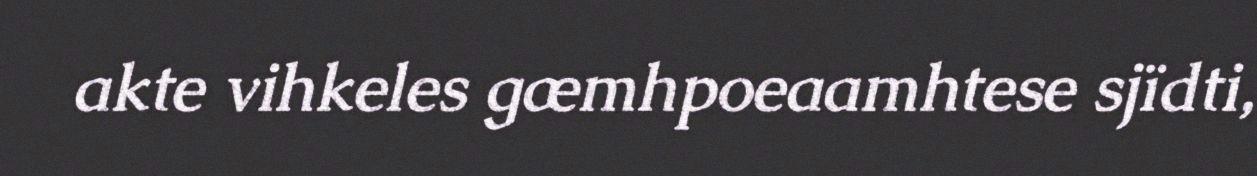
akte vihkeles gæmhpoeaamhtese sjïdti,